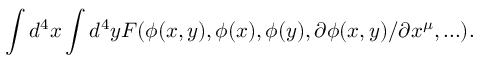
\int d ^ { 4 } x \int d ^ { 4 } y { \cal F } ( \phi ( x , y ) , \phi ( x ) , \phi ( y ) , \partial \phi ( x , y ) / \partial x ^ { \mu } , . . . ) .